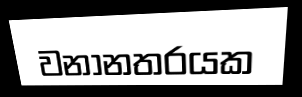
වනානතරයක